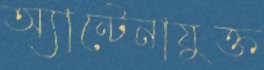
অ্যান্টেনাযুক্ত